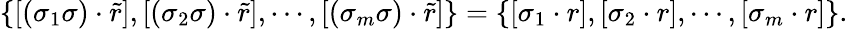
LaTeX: \left\{ \left[\left(\sigma_{1}\sigma\right)\cdot\tilde{r}\right],\left[\left(\sigma_{2}\sigma\right)\cdot\tilde{r}\right],\cdots,\left[\left(\sigma_{m}\sigma\right)\cdot\tilde{r}\right]\right\} =\left\{ \left[\sigma_{1}\cdot r\right],\left[\sigma_{2}\cdot r\right],\cdots,\left[\sigma_{m}\cdot r\right]\right\} .